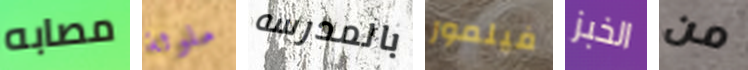
مصابه ملوثة بالمدرسه فيلمور الخبز من